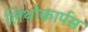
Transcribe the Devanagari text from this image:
लिथोकार्पस